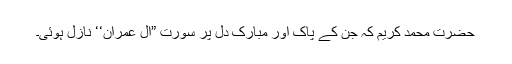
حضرت محمد کریمؐ کہ جن کے پاک اور مبارک دل پر سورت ”آلِ عمران‘‘ نازل ہوئی۔